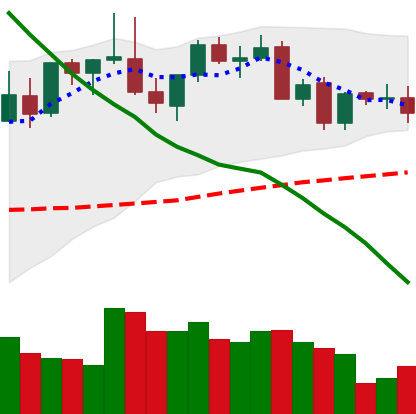
Ticker: LINK-USD
Chart end date: 2021-08-30
Forward return: 19.683%
Label: up_7plus